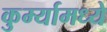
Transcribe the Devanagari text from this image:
कुर्म्यामध्ये